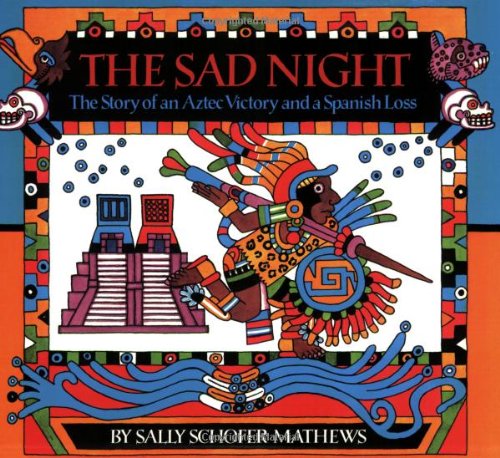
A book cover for The Sad Night: The Story of an Aztec Victory and a Spanish Loss; Sally Schofer Mathews; Children's Books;